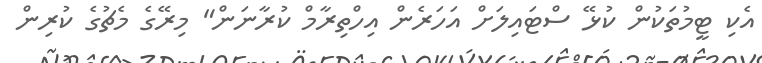
އެކި ޓީމުތަކުން ކުޅޭ ސްޓައިލަށް އަހަރެން އިހްތިރާމް ކުރާނަން" މިރޭގެ މެޗުގެ ކުރިން